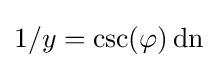
1/y=\csc(\varphi )\operatorname {dn}